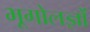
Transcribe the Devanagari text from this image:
भूगोलज्ञों